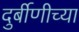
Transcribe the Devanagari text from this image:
दुर्बीणीच्या